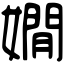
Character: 嫺